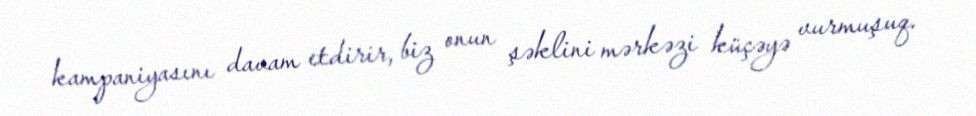
kampaniyasını davam etdirir, biz onun şəklini mərkəzi küçəyə vurmuşuq.